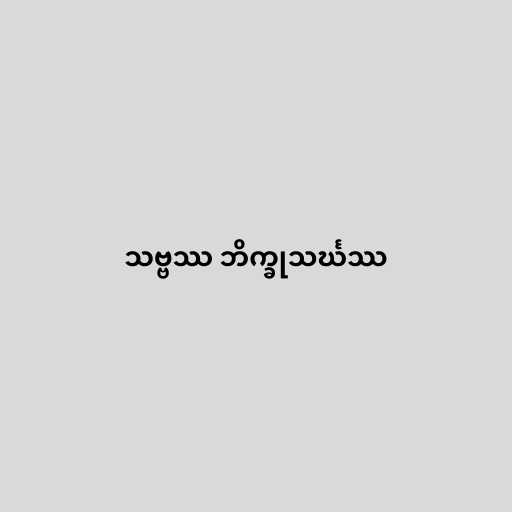
သဗ္ဗဿ ဘိက္ခုသင်္ဃဿ